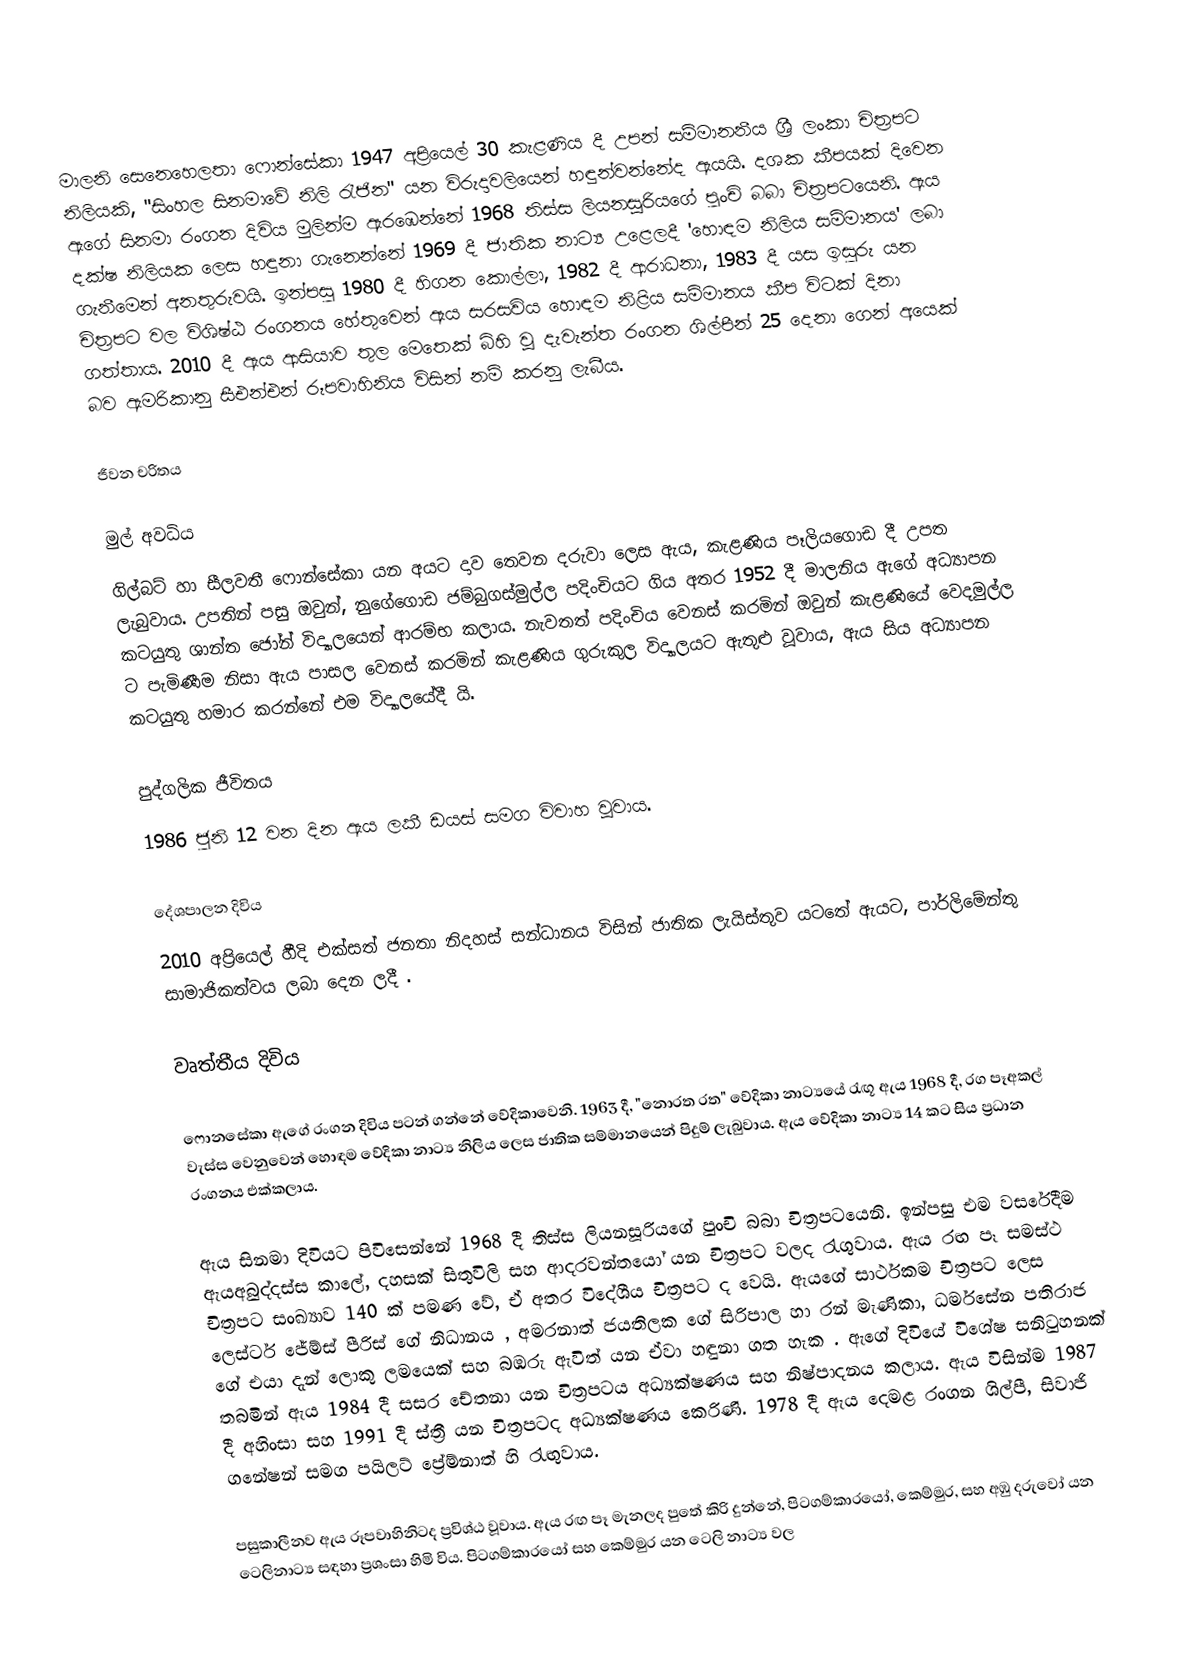
මාලනි සෙනෙහෙලතා ෆොන්සේකා 1947 අප්‍රියෙල් 30 කැළණිය දී උපන් සම්මානනීය ශ්‍රී ලංකා චිත්‍රපට නිලියකි, "සිංහල සිනමාවේ නිලි රැජින" යන විරුදාවලියෙන් හඳුන්වන්නේද ඇයයි. දශක කීපයක් දිවෙන ඇගේ සිනමා රංගන දිවිය මුලින්ම ඇරඹෙන්නේ 1968 තිස්ස ලියනසූරියගේ පුංචි බබා චිත්‍රපටයෙනි. ඇය දක්ෂ නිලියක ලෙස හඳුනා ගැනෙන්නේ 1969 දී ජාතික නාට්‍ය උළෙලදී  'හොඳම නිලිය සම්මානය' ලබා ගැනීමෙන් අනතුරුවයි. ඉන්පසු 1980 දී හිගන කොල්ලා, 1982 දී ආරාධනා, 1983 දී යස ඉසුරු යන චිත්‍රපට වල විශිෂ්ඨ රංගනය හේතුවෙන් ඇය  සරසවිය හොඳම නිළිය සම්මානය කීප විටක් දිනා ගත්තාය. 2010 දී ඇය ආසියාව තුල මෙතෙක් බිහි වූ දැවැන්ත රංගන ශිල්පීන් 25 දෙනා ගෙන් අයෙක් බව ඇමරිකානු සීඑන්එන් රූපවාහිනිය විසින් නම් කරනු ලැබීය.

ජීවන චරිතය

මුල් අවධිය
ගිල්බට් හා සීලවතී ෆොන්සේකා යන අයට දාව තෙවන දරුවා ලෙස ඇය, කැළණිය පෑලියගොඩ දී උපත ලැබුවාය. උපතින් පසු ඔවුන්, නුගේගොඩ ජම්බුගස්මුල්ල පදිංචියට ගිය අතර  1952 දී මාලනිය ඇගේ අධ්‍යාපන කටයුතු ශාන්ත ජෝන් විද්‍යාලයෙන් ආරම්භ කලාය. නැවතත් පදිංචිය වෙනස් කරමින් ඔවුන් කැළණියේ වෙදමුල්ල ට පැමිණීම නිසා ඇය පාසල වෙනස් කරමින් කැළණිය ගුරුකුල විද්‍යාලයට ඇතුළු වූවාය, ඇය සිය අධ්‍යාපන කටයුතු හමාර කරන්නේ එම විද්‍යාලයේදී යි.

පුද්ගලික ජීවිතය
1986 ජුනි 12 වන දින ඇය ලකී ඩයස් සමග විවාහ වූවාය.

දේශපාලන දිවිය
2010 අප්‍රියෙල් හීදි එක්සත් ජනතා නිදහස් සන්ධානය විසින් ජාතික ලැයිස්තුව යටතේ ඇයට, පාර්ලිමේන්තු සාමාජිකත්වය ලබා දෙන ලදී .

වෘත්තීය දිවිය

ෆොනසේකා ඇගේ රංගන දිවිය පටන් ගන්නේ වේදිකාවෙනි. 1963 දී, "නොරත රත" වේදිකා නාට්‍යයේ රැඟූ ඇය 1968 දී, රග පෑඅකල් වැස්ස වෙනුවෙන් හොඳම වේදිකා නාට්‍ය නිලිය ලෙස ජාතික සම්මානයෙන් පිදුම් ලැබුවාය. ඇය වේදිකා නාට්‍ය 14 කට සිය ප්‍රධාන රංගනය එක්කලාය.

ඇය සිනමා දිවියට පිවිසෙන්නේ  1968 දී තිස්ස ලියනසූරියගේ පුංචි බබා චිත්‍රපටයෙනි. ඉන්පසු එම වසරේදීම ඇයඅබුද්දස්ස කාලේ, දහසක් සිතුවිලි සහ ආදරවන්තයෝ යන චිත්‍රපට වලද රැගුවාය. ඇය රඟ පෑ සමස්ථ චිත්‍රපට සංඛ්‍යාව 140 ක් පමණ වේ, ඒ අතර විදේශීය චිත්‍රපට ද වෙයි. ඇයගේ සාර්ථකම චිත්‍රපට ලෙස  ලෙස්ටර් ජේම්ස් පීරිස් ගේ නිධානය , අමරනාත් ජයතිලක ගේ සිරිපාල හා රන් මැණිකා, ධර්මසේන පතිරාජ ගේ එයා දැන් ලොකු ලමයෙක් සහ බඹරු ඇවිත්  යන ඒවා හඳුනා ගත හැක . ඇගේ දිවියේ විශේෂ සනිටුහනක් තබමින් ඇය 1984 දී සසර චේතනා යන චිත්‍රපටය අධ්‍යක්ෂණය සහ නිෂ්පාදනය කලාය. ඇය විසින්ම 1987 දී අහිංසා සහ 1991 දී ස්ත්‍රී යන චිත්‍රපටද අධ්‍යක්ෂණය කෙරිණි. 1978 දී ඇය දෙමළ රංගන ශිල්පී, සිවාජි ගනේෂන් සමග පයිලට් ප්‍රේම්නාත් හි රැඟුවාය.

පසුකාලීනව ඇය රූපවාහිනිටද ප්‍රවිශ්ඨ වූවාය. ඇය රඟ පෑ මැනලද පුතේ කිරි දුන්නේ, පිටගම්කාරයෝ, කෙම්මුර, සහ අඹු දරුවෝ යන ටෙලිනාට්‍ය සඳහා ප්‍රශංසා හිමි විය. පිටගම්කාරයෝ සහ කෙම්මුර යන ටෙලි නාට්‍ය වල